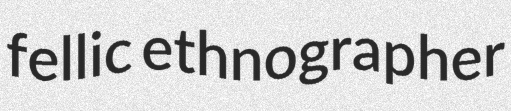
fellic ethnographer